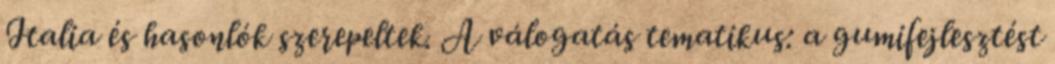
Italia és hasonlók szerepeltek. A válogatás tematikus: a gumifejlesztést